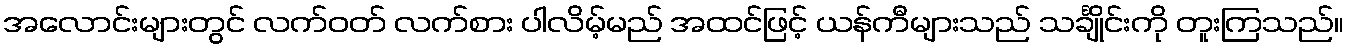
အလောင်းများတွင် လက်ဝတ် လက်စား ပါလိမ့်မည် အထင်ဖြင့် ယန်ကီများသည် သင်္ချိုင်းကို တူးကြသည်။